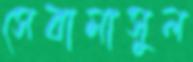
সেবামাসুল